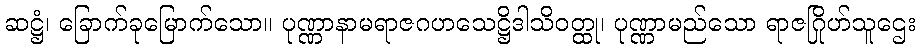
ဆဋ္ဌံ၊ ခြောက်ခုမြောက်သော။ ပုဏ္ဏာနာမရာဇဂဟသေဋ္ဌိဒါသိဝတ္ထု၊ ပုဏ္ဏာမည်သော ရာဇဂြိုဟ်သူဌေး